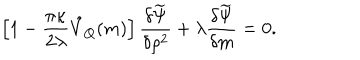
LaTeX: \left[ 1 - \frac { \pi \kappa } { 2 \lambda } \hat { V } _ { Q } ( m ) \right] \frac { \delta \widetilde \Psi } { \delta \rho ^ { 2 } } + \lambda \frac { \delta \widetilde \Psi } { \delta m } = 0 .